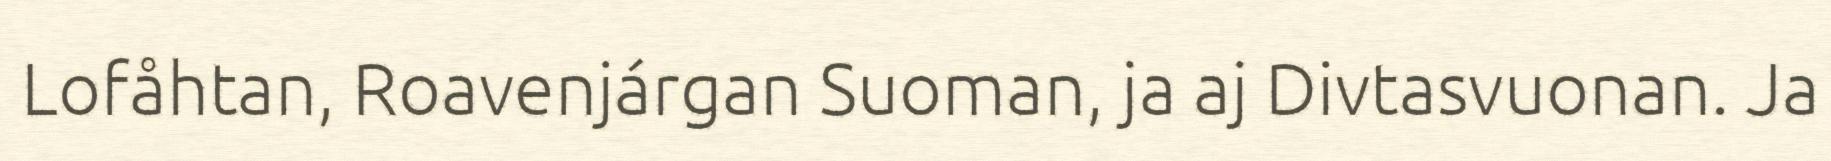
Lofåhtan, Roavenjárgan Suoman, ja aj Divtasvuonan. Ja